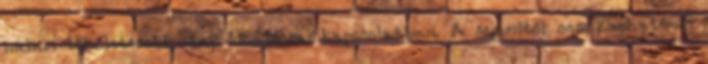
nálam tökéletesebb lény ideájával kapcsolatban. A semmitől nem kaphattam